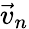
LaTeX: \vec{v}_{n}